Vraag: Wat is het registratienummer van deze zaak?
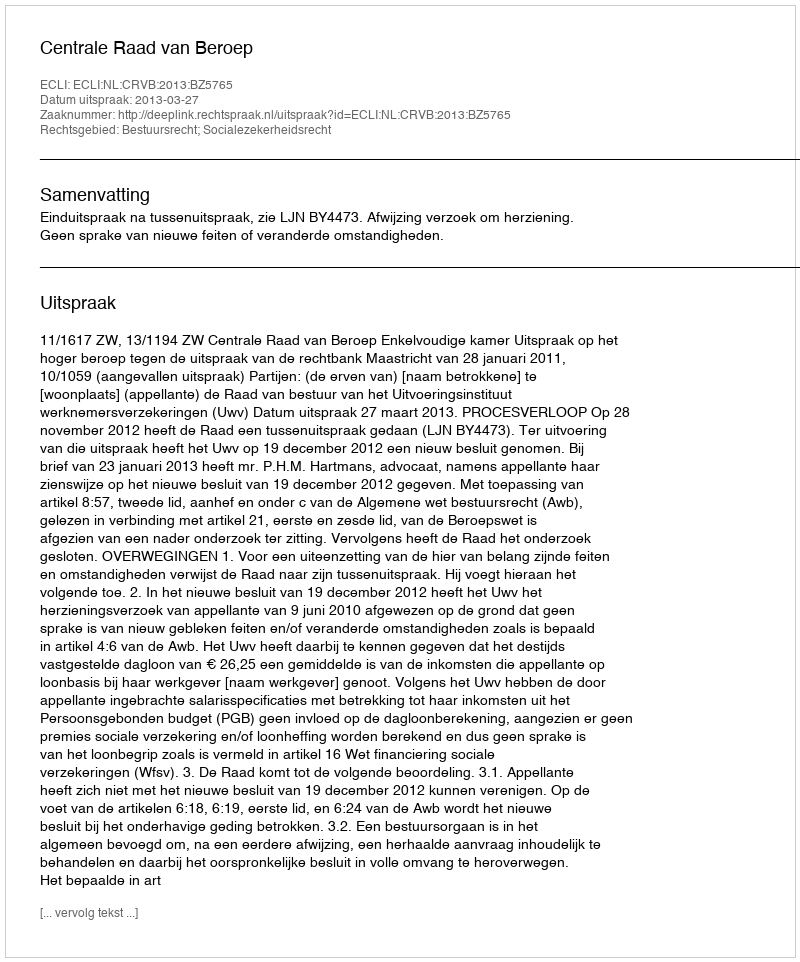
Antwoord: http://deeplink.rechtspraak.nl/uitspraak?id=ECLI:NL:CRVB:2013:BZ5765